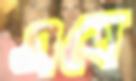
এযে